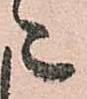
々